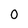
Character: 0